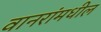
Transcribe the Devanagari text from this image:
वानरांमधील